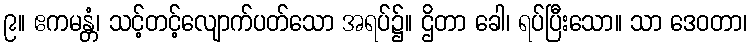
၉။ ဧကမန္တံ၊ သင့်တင့်လျောက်ပတ်သော အရပ်၌။ ဌိတာ ခေါ၊ ရပ်ပြီးသော။ သာ ဒေဝတာ၊